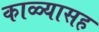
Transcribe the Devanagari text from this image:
काळ्यासह